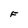
Character: F